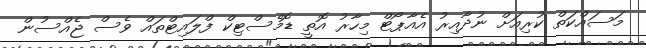
މަސައްކަތް ކުރިއަށް ނުދާއިރު އެއާޕޯޓް މިހާރު އޮތީ ޑޮމެސްޓިކް ފްލައިޓްތައް ވެސް ޖެއްސުން